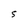
Character: S